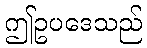
ဤဥပဒေသည်